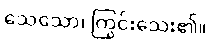
သေသော၊ ကြွင်းသေး၏။